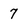
Character: 7